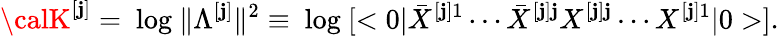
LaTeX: {\calK}^{[\mathbf{j}]}=\mathrm{{~log~}}\| \Lambda^{[\mathbf{j}]}\| ^{2}\equiv\mathrm{{~log~}}[<0|{\bar{{X}}}^{[\mathbf{j}]1}\cdots{\bar{{X}}}^{[\mathbf{j}]\mathbf{j}}{X}^{[\mathbf{j}]\mathbf{j}}\cdots{X}^{[\mathbf{j}]1}|0>].